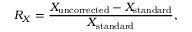
R _ { X } = \frac { X _ { \mathrm { u n c o r r e c t e d } } - X _ { \mathrm { s t a n d a r d } } } { X _ { \mathrm { s t a n d a r d } } } ,